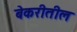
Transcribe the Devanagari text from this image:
बेकरीतील